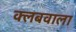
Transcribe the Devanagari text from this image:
क्लबवाला